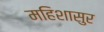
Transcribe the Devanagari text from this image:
महिशासुर